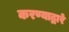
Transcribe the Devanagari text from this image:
करण्याद्वारे